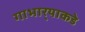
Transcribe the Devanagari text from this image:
गाभार्‍याकडे